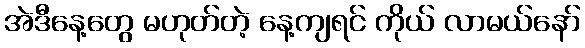
အဲဒီနေ့တွေ မဟုတ်တဲ့ နေ့ကျရင် ကိုယ် လာမယ်နော်